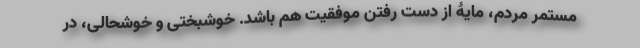
مستمر مردم، مایۀ از دست رفتن موفقیت هم باشد. خوشبختی و خوشحالی، در